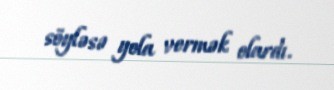
söyləsə yola vermək olardı.